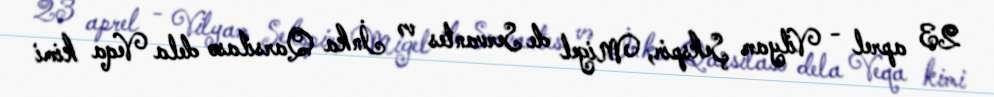
23 aprel - Vilyam Şekspir, Migel de Servantes və İnka Qarsilaso dela Veqa kimi